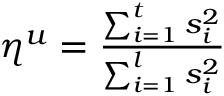
\begin{array} { r } { \eta ^ { u } = \frac { \sum _ { i = 1 } ^ { t } s _ { i } ^ { 2 } } { \sum _ { i = 1 } ^ { l } s _ { i } ^ { 2 } } } \end{array}